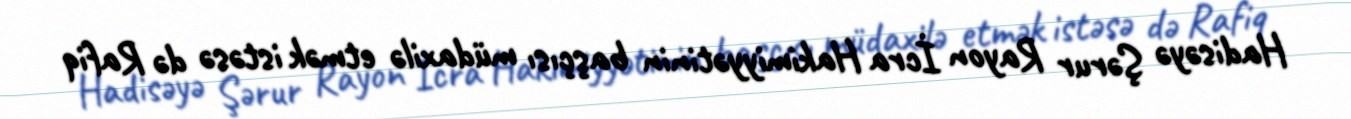
Hadisəyə Şərur Rayon İcra Hakimiyyətinin başçısı müdaxilə etmək istəsə də Rafiq